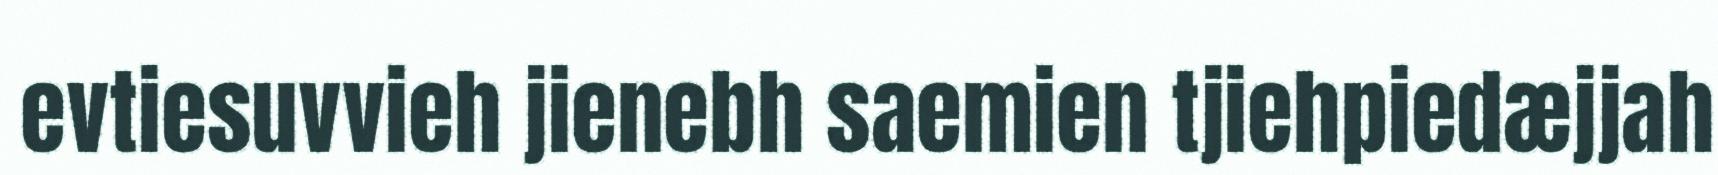
evtiesuvvieh jienebh saemien tjiehpiedæjjah